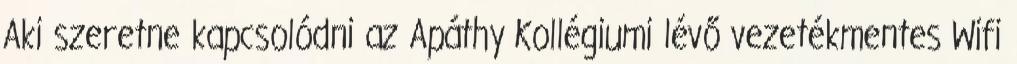
Aki szeretne kapcsolódni az Apáthy Kollégiumi lévő vezetékmentes Wifi